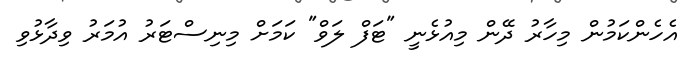
އެހެންކަމުން މިހާރު ދޭން މިއުޅެނީ "ޓަފް ލަވް" ކަމަށް މިނިސްޓަރު އުމަރު ވިދާޅުވި